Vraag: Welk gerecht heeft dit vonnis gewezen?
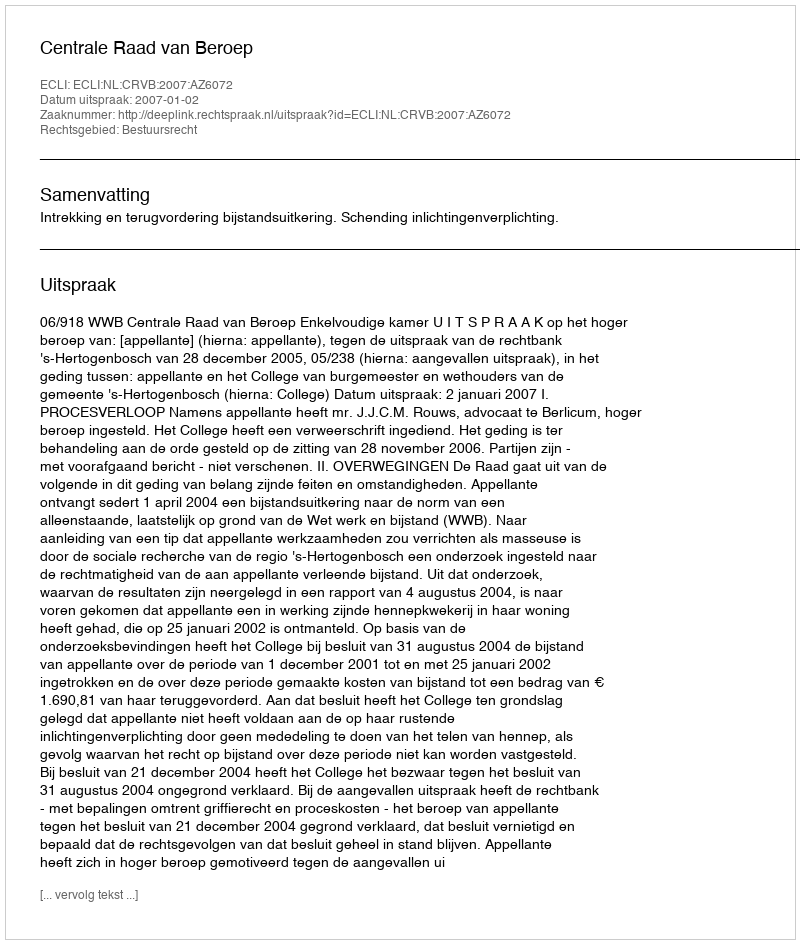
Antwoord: Centrale Raad van Beroep